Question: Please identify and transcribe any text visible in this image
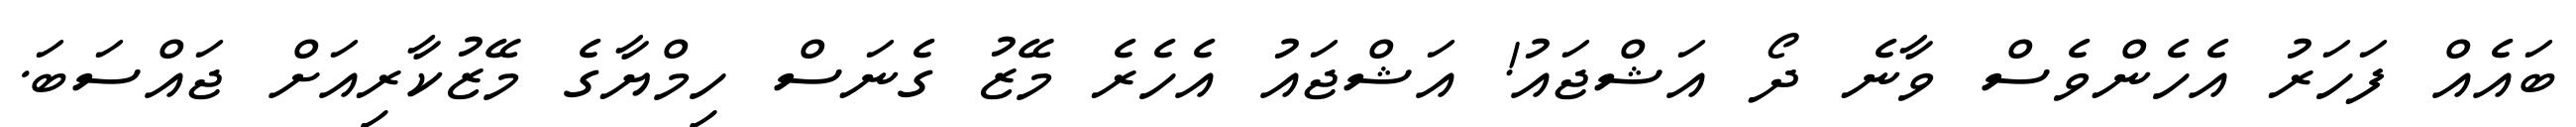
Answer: ބައެއް ފަހަރު އެހެންވެސް ވާނެ ދޯ އަޝްޖައު! އަޝްޖައު އެހެރެ މޭޒު ގެނަސް ހިމްޔާގެ މޭޒުކާރިއަށް ޖައްސަބަ.